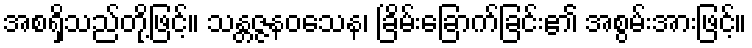
အစရှိသည်တို့ဖြင့်။ သန္တဇ္ဇနဝသေန၊ ခြိမ်းခြောက်ခြင်း၏ အစွမ်းအားဖြင့်။